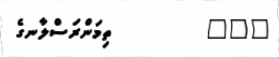
١٨٢         ތިމަންރަސްލާނގެ